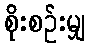
စိုးစဉ်းမျှ